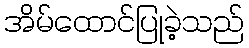
အိမ်ထောင်ပြုခဲ့သည်